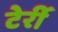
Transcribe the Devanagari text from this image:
टेर्री